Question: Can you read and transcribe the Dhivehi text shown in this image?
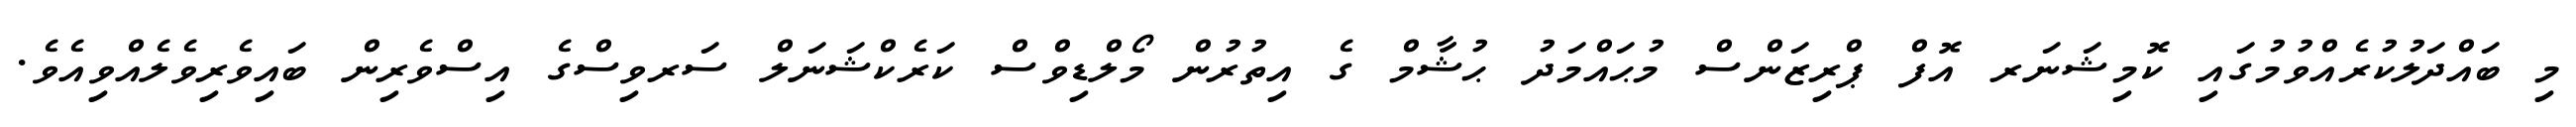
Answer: މި ބައްދަލުކުރެއްވުމުގައި ކޮމިޝަނަރ އޮފް ޕްރިޒަންސް މުޙައްމަދު ޙުޝާމް ގެ އިތުރުން މޯލްޑިވްސް ކަރެކްޝަނަލް ސަރވިސްގެ އިސްވެރިން ބައިވެރިވެލެއްވިއެވެ.